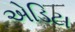
એડિટા